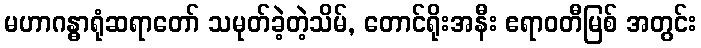
မဟာဂန္ဓာရုံဆရာတော် သမုတ်ခဲ့တဲ့သိမ်, တောင်ရိုးအနီး ဧရာဝတီမြစ် အတွင်း